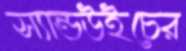
স্যান্ডউইচের